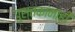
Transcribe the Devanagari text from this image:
पुस्तकांनाही